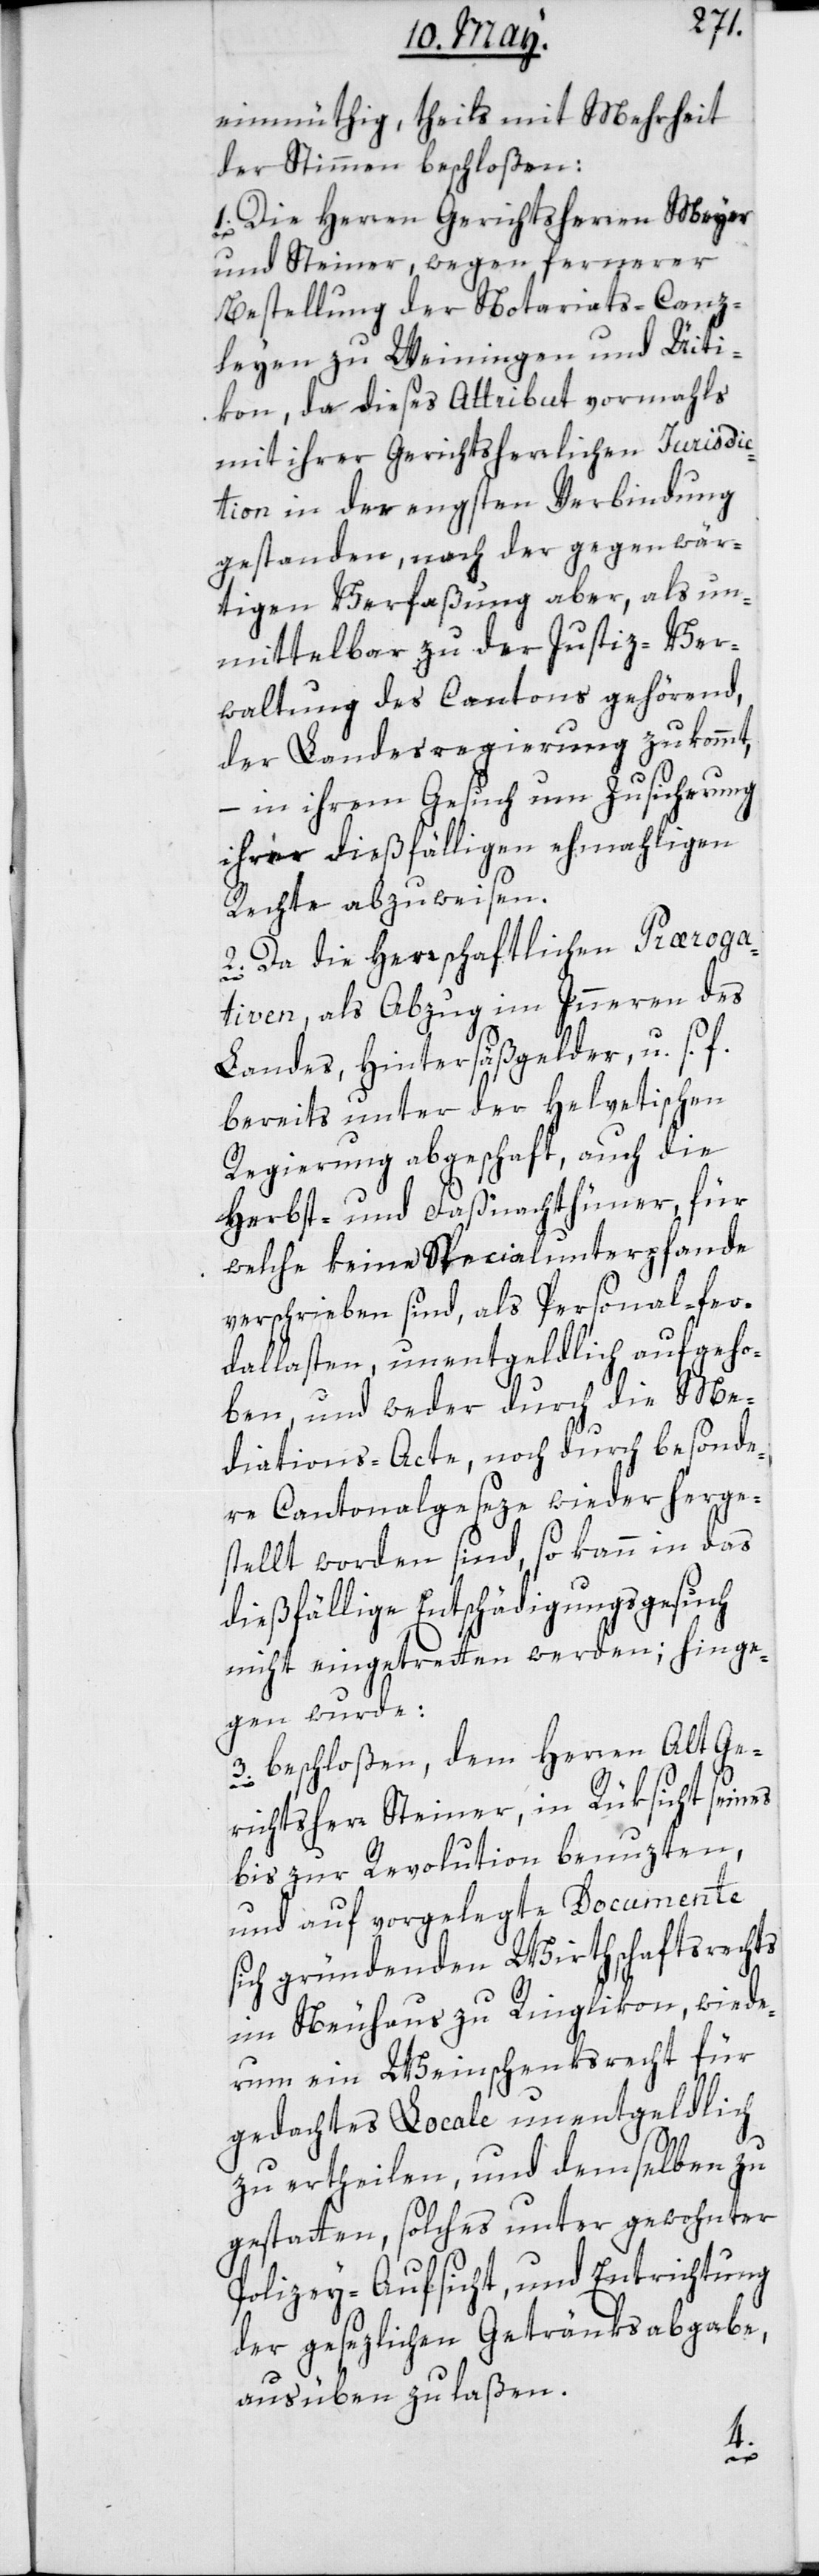
einmüthig, theils mit Mehrheit
der Stimmen beschloßen:
1. Die Herren Gerichtsherren Meyer
und Steiner, wegen fernerer
Bestellung der Notariats-Canz¬
leyen zu Weiningen und Uiti¬
kon, da dieses Attribut vormahls
mit ihrer Gerichtsherrlichen Jurisdic¬
tion in der engsten Verbindung
gestanden, nach der gegenwär¬
tigen Verfaßung aber, als un¬
mittelbar zu der Justiz-Ver¬
waltung des Cantons gehörend,
der Landesregierung zukommt,
– in ihrem Gesuch um Zusicherung
ihrer dießfälligen ehemaligen
Rechte abzuweisen.
2. Da die herrschaftliche Præroga¬
tiven, als Abzug im Innern des
Landes, Hintersäßgelder u. s. f.
bereits unter der Helvetischen
Regierung abgeschaft, auch die
Herbst- und Faßnachthüner für
welche keine Spezialunterpfande
verschrieben sind, als Personal-feo¬
dallasten, unentgeldlich aufgeho¬
ben, und weder durch die Me¬
diations-Acte, noch durch besonde¬
re Cantonalgeseze wieder herge¬
stellt worden sind, so kann in das
dießfällige Entschädigungsgesuch
nicht eingetretten werden; hinge¬
gen wurde:
3. beschloßen, dem Herren Alt Ge¬
richtsherr Steiner, in Rüksicht seines
bis zur Revolution benuzten,
und auf vorgelegte Documente
sich gründenden Wirthschaftsrechts
im Neuhaus zu Ringlikon, wiede¬
rum ein Weinschenksrecht für
gedachtes Locale unentgeldlich
zu ertheilen, und demselben zu
gestatten, solches unter gewohnter
Polizey-Aufsicht und Entrichtung
der gesezlichen Getränksabgabe,
ausüben zu laßen.